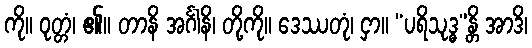
ကို။ ဝုတ္တံ၊ ၏။ တာနိ အင်္ဂါနိ၊ တို့ကို။ ဒေဿတုံ၊ ငှာ။ “ပရိသုဒ္ဓ”န္တိ အာဒိ၊